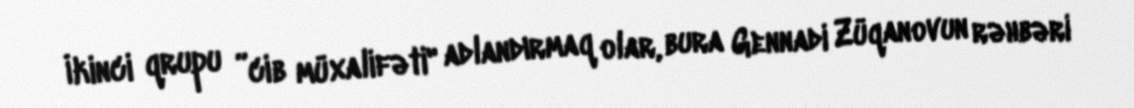
İkinci qrupu ”cib müxalifəti" adlandırmaq olar, bura Gennadi Züqanovun rəhbəri